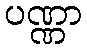
ပဏ္ဏာ